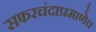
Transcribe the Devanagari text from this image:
सफरचंदाप्रमाणेच